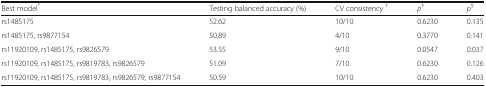
<table><thead><tr><td><b>Best model<sup>*</sup></b></td><td><b>Testing balanced accuracy (%)</b></td><td><b>CV consistency <sup>†</sup></b></td><td><b><i>p</i><sup>‡</sup></b></td><td><b><i>p</i><sup>§</sup></b></td></tr></thead><tbody><tr><td>rs1485175</td><td>52.62</td><td>10/10</td><td>0.6230</td><td>0.135</td></tr><tr><td>rs1485175, rs9877154</td><td>50.89</td><td>4/10</td><td>0.3770</td><td>0.141</td></tr><tr><td>rs11920109, rs1485175, rs9826579</td><td>53.55</td><td>9/10</td><td>0.0547</td><td>0.037</td></tr><tr><td>rs11920109, rs1485175, rs9819783, rs9826579</td><td>51.09</td><td>7/10</td><td>0.6230</td><td>0.126</td></tr><tr><td>rs11920109, rs1485175, rs9819783, rs9826579, rs9877154</td><td>50.59</td><td>10/10</td><td>0.6230</td><td>0.403</td></tr></tbody></table>